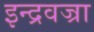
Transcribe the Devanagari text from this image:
इन्द्रवज्रा